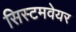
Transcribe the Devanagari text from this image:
सिस्टमवेयर